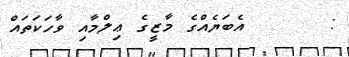
:      އެބަޔެއްގެ މާޒީގެ ޢިލްމާއި ވާހަކަތައް